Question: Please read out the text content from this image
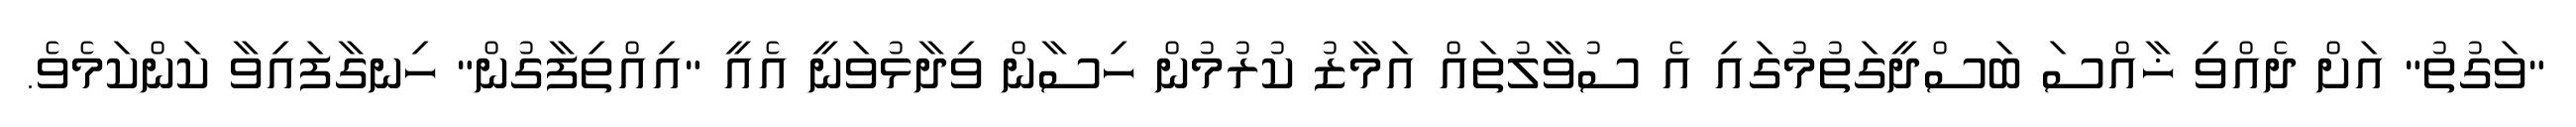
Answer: "ވަގުތު" އަށް ދެއްވި ޚާއްސަ ބަސްދީގަތުމުގައި އެ ސުވާލުތައް އަމާޒު ކުރުމުން ހިސާން ވިދާޅުވަނީ އެއީ "އިއްތިފާގުން" ހިނގާފައިވާ ކަންކަމެވެ.